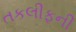
તકલીફની